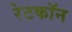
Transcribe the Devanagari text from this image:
रेटकॉन